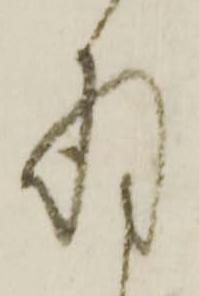
存